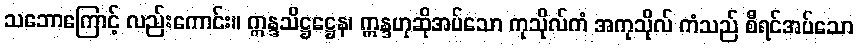
သဘောကြောင့် လည်းကောင်း။ ဣန္ဒသိဋ္ဌဋ္ဌေန၊ ဣန္ဒဟုဆိုအပ်သော ကုသိုလ်ကံ အကုသိုလ် ကံသည် စီရင်အပ်သော